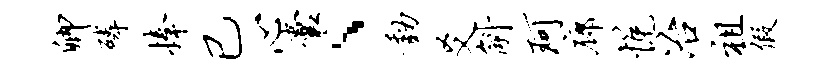
卿磷捧已心囊、动爻斛珂廊悦冶祖假